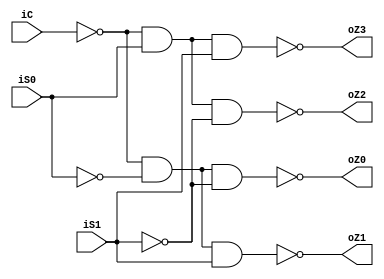
`timescale 1ns / 1ps
//////////////////////////////////////////////////////////////////////////////////
// Company: 
// Engineer: 
// 
// Design Name: 
// Module Name: de_selector14
// Project Name: 
// Target Devices: 
// Tool Versions: 
// Description: 
// 
// Dependencies: 
// 
// Revision:
// Revision 0.01 - File Created
// Additional Comments:
// 
//////////////////////////////////////////////////////////////////////////////////


module de_selector14(
    input iC,
    input iS0,
    input iS1,
    output oZ0,
    output oZ1,
    output oZ2,
    output oZ3
    );
    assign oZ0=~((~iC)&(~iS0)&(~iS1));
    assign oZ1=~((~iC)&(~iS0)&(iS1));
    assign oZ2=~((~iC)&(iS0)&(~iS1));
    assign oZ3=~((~iC)&(iS0)&(iS1));
endmodule